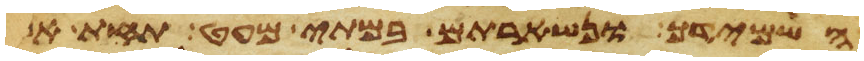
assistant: השמידך ונשארתם במתי מעט תחת אשר